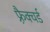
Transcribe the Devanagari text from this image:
फ़्रैक्चर्ड